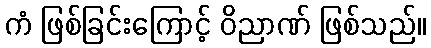
ကံ ဖြစ်ခြင်းကြောင့် ဝိညာဏ် ဖြစ်သည်။